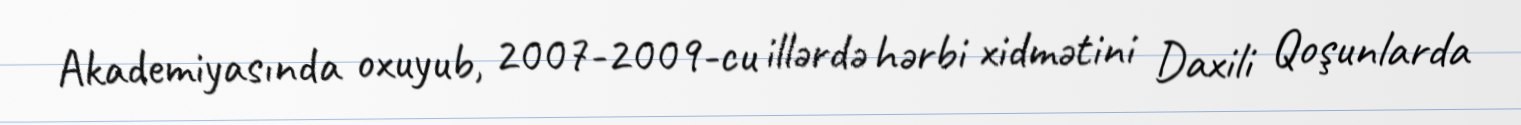
Akademiyasında oxuyub, 2007-2009-cu illərdə hərbi xidmətini Daxili Qoşunlarda